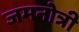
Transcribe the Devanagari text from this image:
जमनोत्री